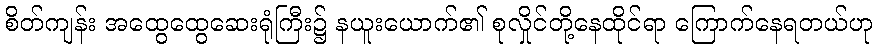
စိတ်ကျန်း အထွေထွေဆေးရုံကြီး၌ နယူးယောက်၏ စုလှိုင်တို့နေထိုင်ရာ ကြောက်နေရတယ်ဟု